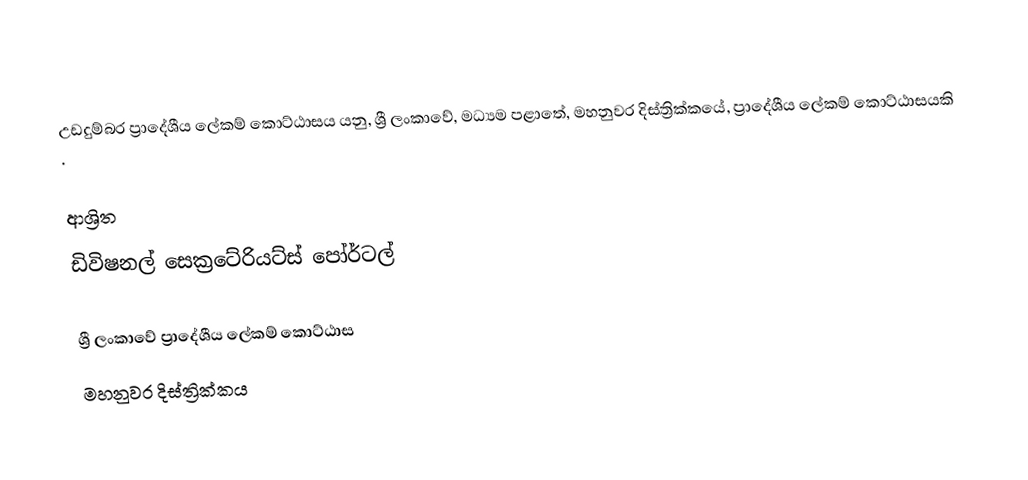
උඩදුම්බර ප්‍රාදේශීය ලේකම් කොට්ඨාසය යනු,  ශ්‍රී ලංකාවේ, මධ්‍යම පළාතේ,   මහනුවර දිස්ත්‍රික්කයේ, ප්‍රාදේශීය ලේකම් කොට්ඨාසයකි .

ආශ්‍රිත
 ඩිවිෂනල් සෙක්‍රටේරියට්ස් පෝර්ටල්

ශ්‍රී ලංකාවේ ප්‍රාදේශීය ලේකම් කොට්ඨාස
මහනුවර දිස්ත්‍රික්කය